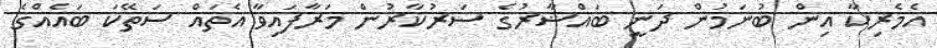
އެމެރިކާ އިން ބުނަމުން ދަނީ ބައްޝާރުގެ ސަރުކާރުން މަރާފައިވާ އެތައް ސަތޭކަ ބައެއްގެ